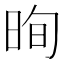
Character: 㫬